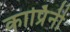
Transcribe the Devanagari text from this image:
कार्प्रिनी